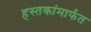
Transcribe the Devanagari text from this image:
हस्तकांमार्फत